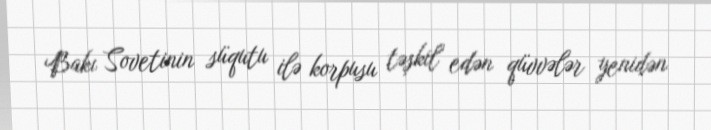
Bakı Sovetinin süqutu ilə korpusu təşkil edən qüvvələr yenidən